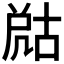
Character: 𡲞